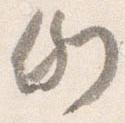
例